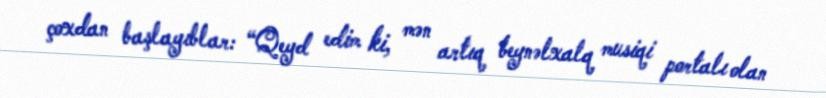
çoxdan başlayıblar: “Qeyd edim ki, mən artıq beynəlxalq musiqi portalı olan